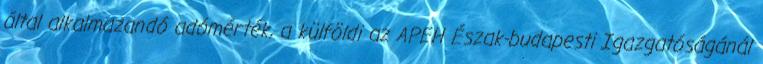
által alkalmazandó adómérték, a külföldi az APEH Észak-budapesti Igazgatóságánál